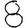
Digit: 8